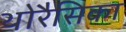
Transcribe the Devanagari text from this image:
थोरैसिका